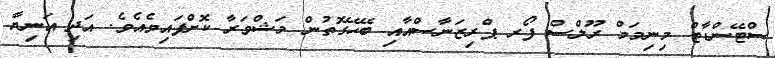
ސްޓޭންޑާޓް މިނިމަމް ރޫލްސް ފޯރ ޕްރިޒަނާސްއާއި ބޭހޭގޮތުން މަޝްވަރާ ކޮށްފައިވެއެވެ. އަދި އަނިޔާ